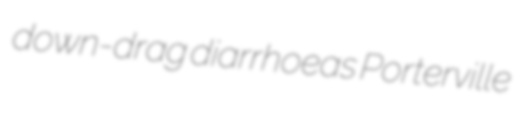
down-drag diarrhoeas Porterville